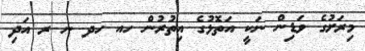
މިރަށުގެ ވަޑިން ނަކީ އަތޮޅުގެ އިތުރުން ހއ ހދ ނ ރ އަދި